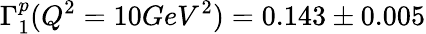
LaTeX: \Gamma_{1}^{p}(Q^{2}=10GeV^{2})=0.143\pm 0.005